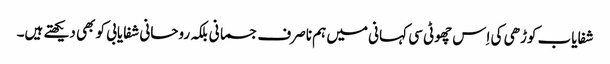
شفایاب کوڑھی کی اِس چھوٹی سی کہانی میں ہم ناصرف جسمانی بلکہ روحانی شفایابی کو بھی دیکھتے ہیں۔